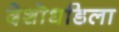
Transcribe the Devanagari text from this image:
देशॊधडिला